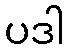
ပဒါ